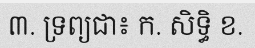
៣. ទ្រព្យជា៖ ក. សិទ្ធិ ខ.